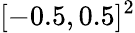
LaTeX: [-0.5,0.5]^{2}